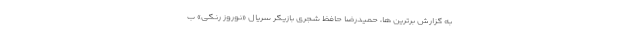
به گزارش برترین ها، حمیدرضا حافظ شجری بازیگر سریال «نوروز رنگی» ب